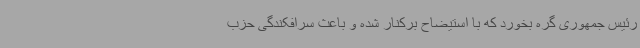
رئیس جمهوری گره بخورد که با استیضاح برکنار شده و باعث سرافکندگی حزب